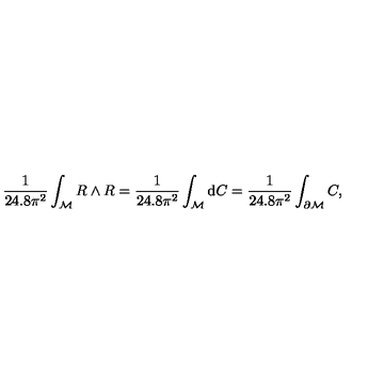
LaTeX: \frac { 1 } { 2 4 . 8 \pi ^ { 2 } } \int _ { \cal M } R \wedge R = \frac { 1 } { 2 4 . 8 \pi ^ { 2 } } \int _ { { \cal M } } \mathrm { d } C = \frac { 1 } { 2 4 . 8 \pi ^ { 2 } } \int _ { \partial { \cal M } } C ,